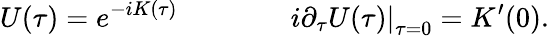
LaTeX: U(\tau)=e^{-iK(\tau)}\qquad\qquad\left.i\partial_{\tau}U(\tau)\right|_{\tau=0}=K^{\prime}(0).